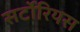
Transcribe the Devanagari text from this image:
सर्टोरियस